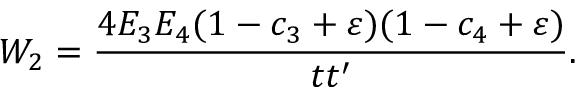
W _ { 2 } = \frac { 4 E _ { 3 } E _ { 4 } ( 1 - c _ { 3 } + \varepsilon ) ( 1 - c _ { 4 } + \varepsilon ) } { t t ^ { \prime } } .